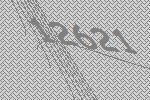
12621